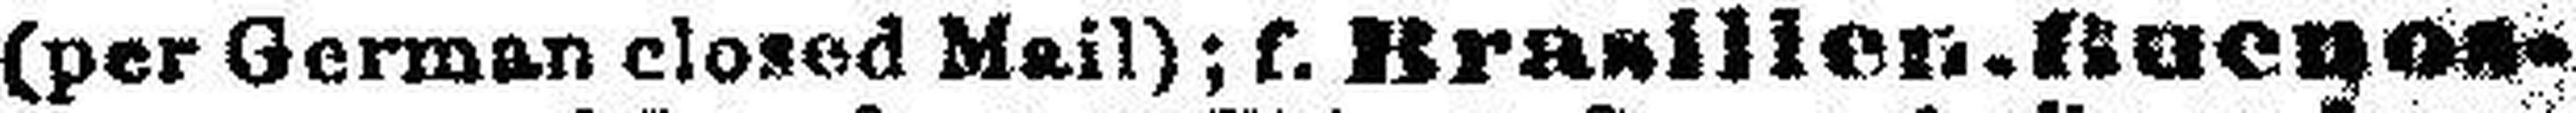
(per German closed Mail); f. Brasilienos-